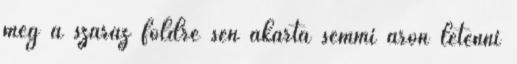
még a száraz földre sen akarta semmi áron letenni